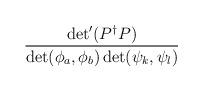
LaTeX: \begin{align*}\displaystyle \frac{\det'(P^\dagger P)}{ \det(\phi_a,\phi_b)\det(\psi_k,\psi_l)}\end{align*}